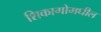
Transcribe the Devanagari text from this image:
शिकागोमधील